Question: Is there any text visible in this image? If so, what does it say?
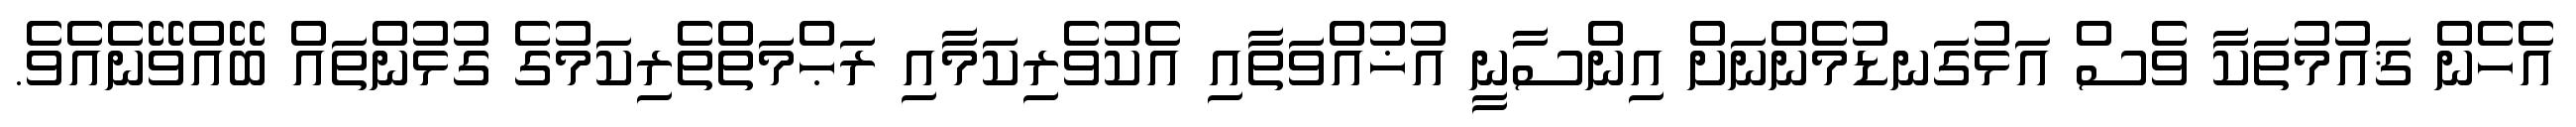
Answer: އެހެން ޤައުމުތަކާ ވެސް އަޅުގަނޑުމެންނަށް އިންސާނީ އުޚުއްވަތާއި އެކުވެރިކަމާއި ރަޙްމަތްތެރިކަމުގެ ގުޅުންތައް ބޭއްވޭނެއެވެ.